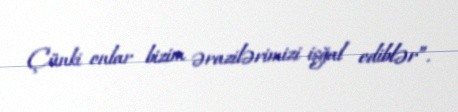
Çünki onlar bizim ərazilərimizi işğal ediblər”.